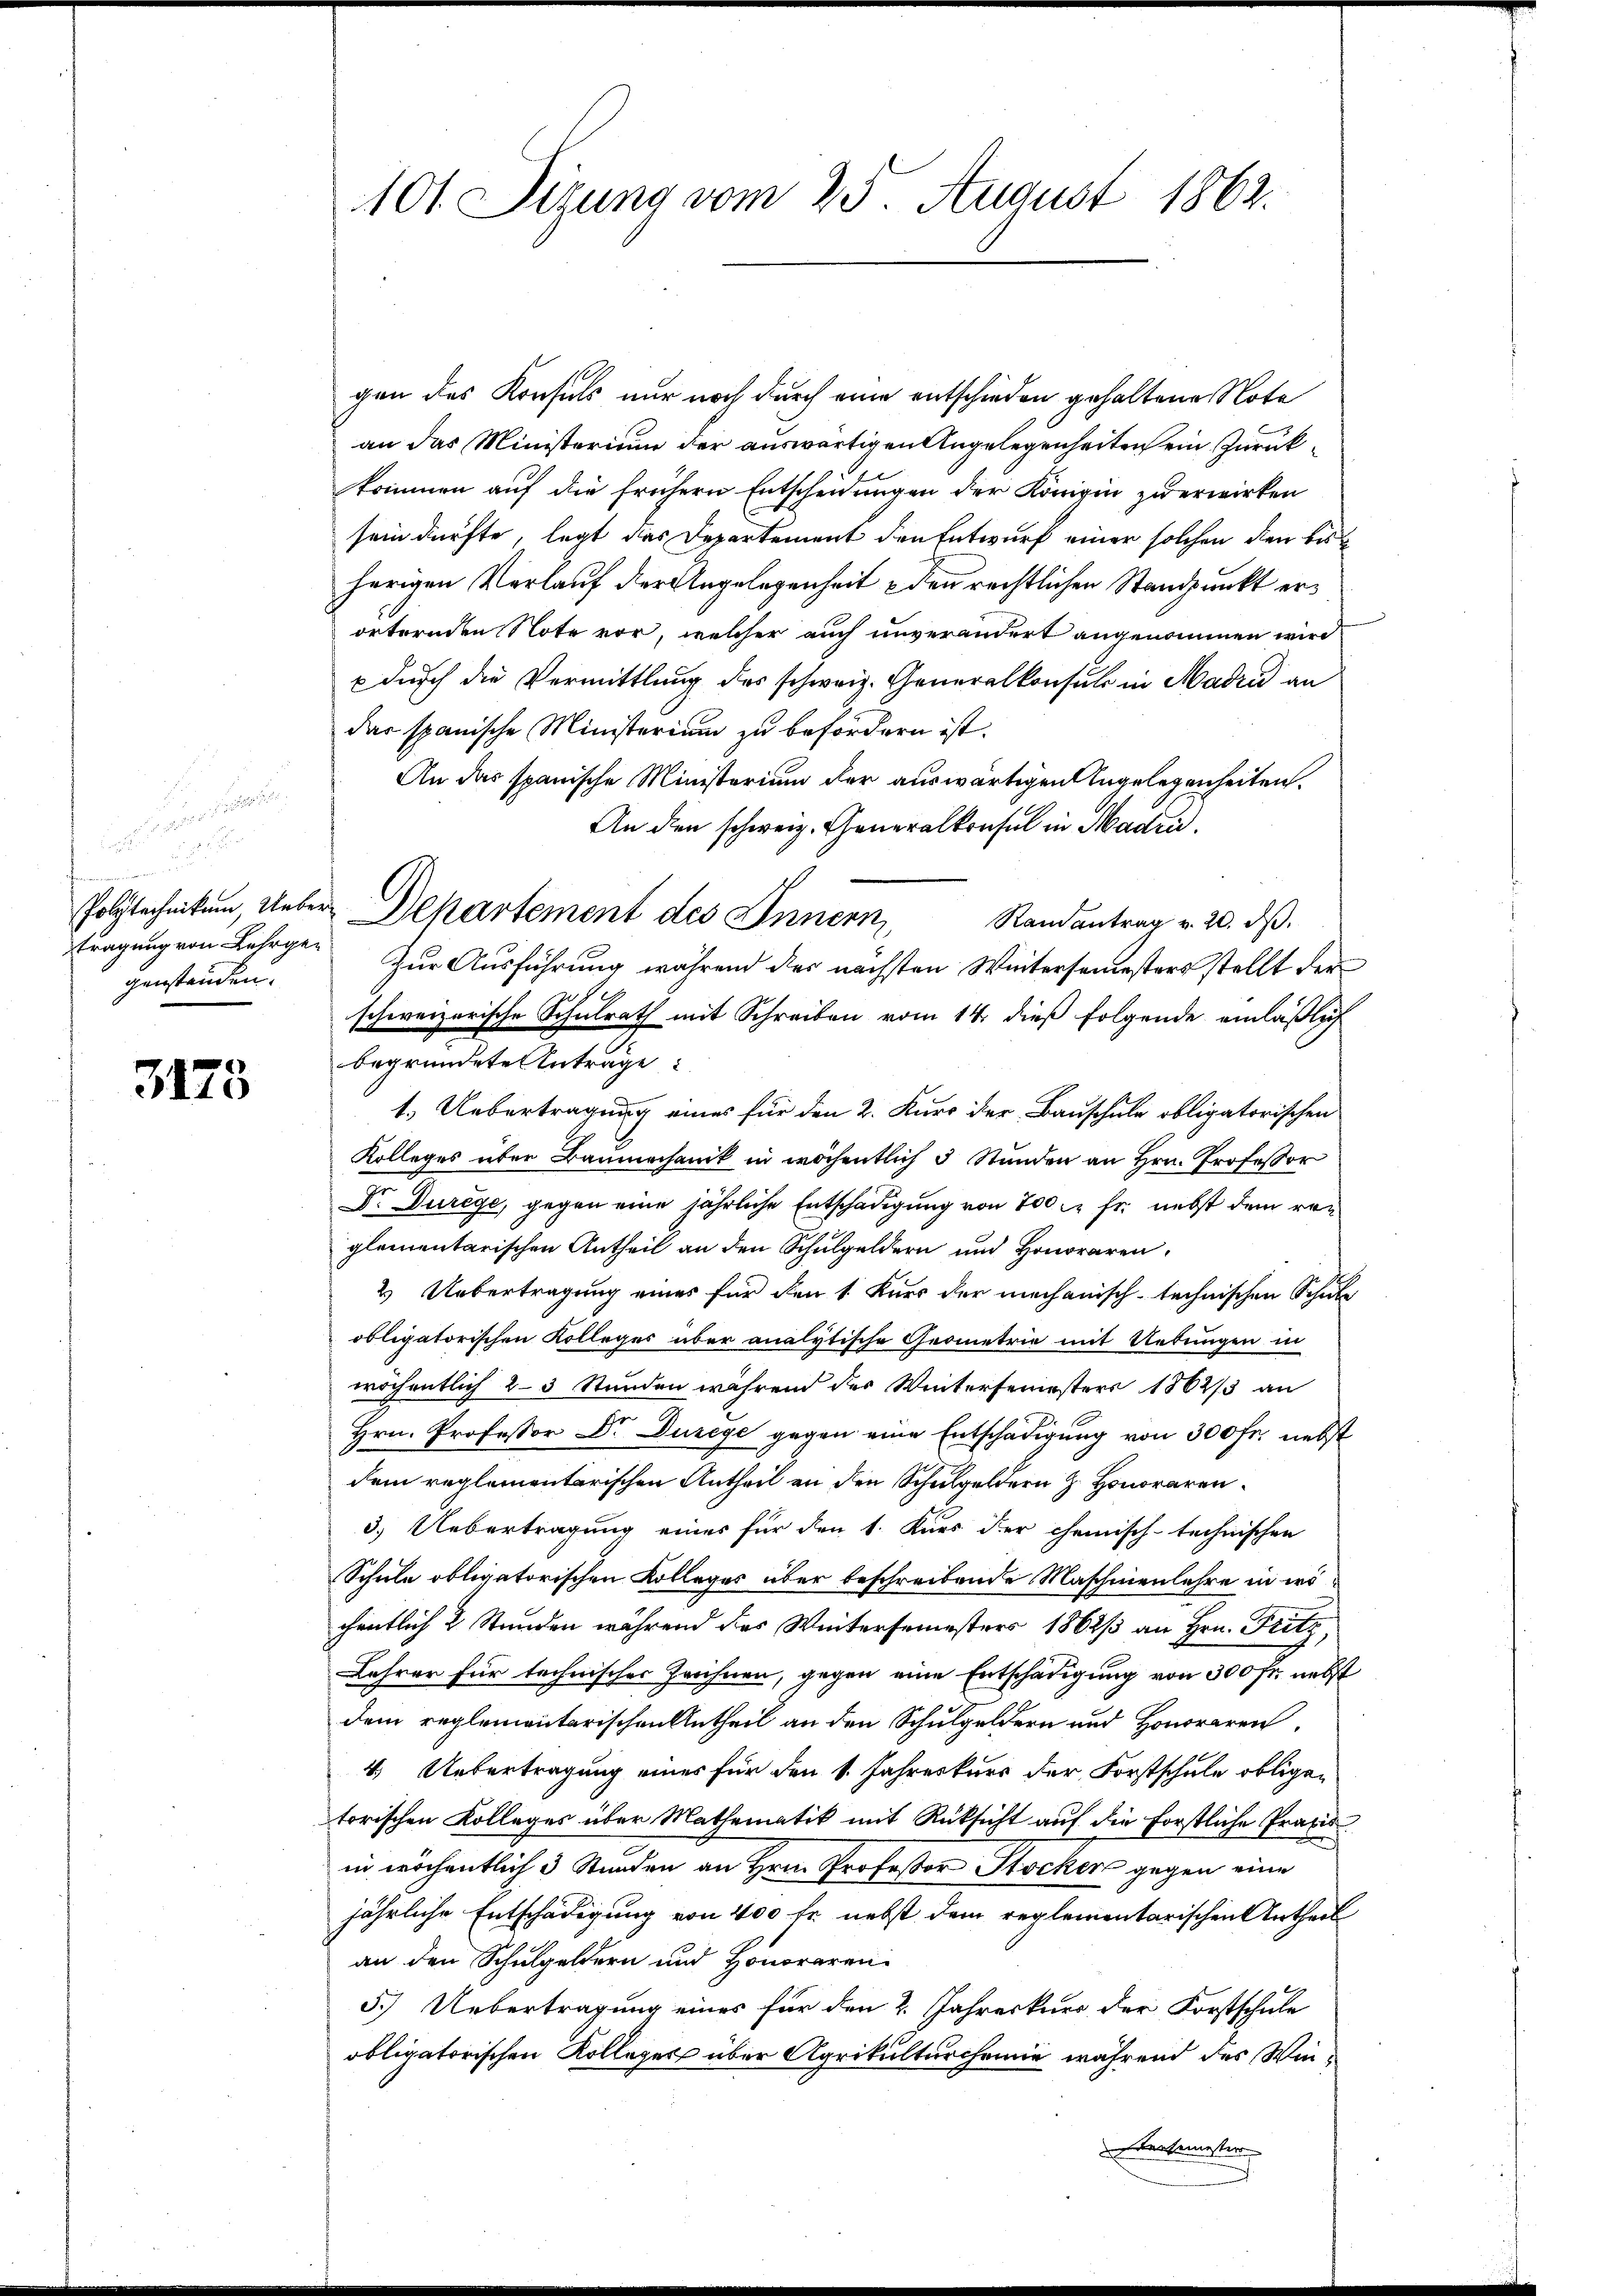
.
Miterer
tragung von Lehrgen
genstanden.

3173

gen des Konsuls nur noch durch eine entschieden gehaltene Nota
an das Ministerium der auswärtigen Angelegenheiten ein Zurückkommen auf die frühern Entscheidungen der Königin zu erwirken
sein dürfte, legt das Departement den Entwurf einer solchen den bis
herigen Verlauf der Angelegenheit den rechtlichen Standpunkt erörternden Note vor, welcher auch unverändert angenommen wird
 durch die Vermittlung des schweiz. Generalkonsuls in Madre an
das spanische Ministerium zu befördern ist.
An das spanische Ministerium der auswärtigen Angelegenheiten.
An den schweiz. Generalkonsul in Maden.
Ramantrag v. 20. d.
Zur Ausführung während des nächsten Wintersemesters stellt der
schweizerische Schulrath mit Schreiben vom 14. dieß folgende einläßlich
begründete Antrage
1.) Uebertragung eines für den 2. Kurs der Bauschule obligatorischen
Kolleges über Baumechanik in wöchentlich 3 Stunden an Hrn. Professor
Dr Durege, gegen eine jährliche Entschädigung von 700 c. fr. nebst dem rei
glementarischen Antheil an den Schulgeldern und Honoraren,
2 Ubertragung eines für den 1. Kurs der mechanisch-technischen Schulz
obligatorischen Kolleges über analytische Geometrie mit Uebungen in
wöchentlich 2-3 Stunden während des Wintersemesters 1862/3 an
Hrn. Professor Dr. Durege gegen eine Entschädigung von 300 fr. nebst
dem reglementarischen Antheil an den Schulgeldern H. Honoraren
3.) Uebertragung eines für den 1. Kurs der chemisch-technischen
Schule obligatorischen Kolleges über beschreibende Maschinenlehre in erschentlich 2 Stunden während das Wintersemesters 1862/3 an Hrn. Fritz,
Lehrer für technisches Zeichnen, gegen eine Entschädigung von 300 fr. nebst
dem reglementarischen Antheil an den Schulgeldern und Honoraren,
4.) Uebertragung eines für den 1. Jahreskurs der Forstschule obligen
torischen Kolleges über Mathematik mit Rücksicht auf die forstliche Praxis
in wöchentlich 3 Stunden an Hrn. Professor Stocker gegen eine
jährliche Entschädigung von 400 fr. nebst dem reglementarischen Urtheil
an den Schulgeldern und Honoraren-
5.) Uebertragung eines für den 2. Jahreskurs der Forstschule
obligatorischen Kollegen über Agrikulturcheinie während des Win¬
Dersemester

101 Sizung vom 25. August 1863.

Polytechnikum, Ueber Departement des Innern,